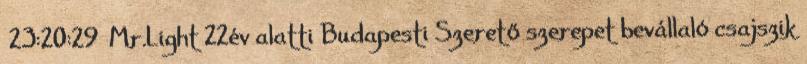
23:20:29 Mr.Light 22év alatti Budapesti Szerető szerepet bevállaló csajszik